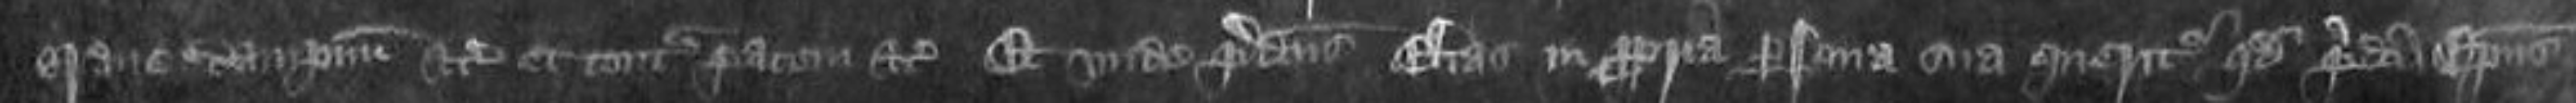
grave dampnum etc et contra pacem etc Et unde predictus Elias in propria persona sua queritur quod predicti episcopus